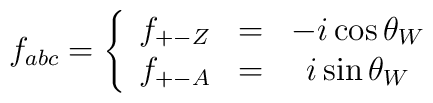
{f}_{abc}  =  \left\{    \begin{array} {ccc}       {f}_{+-Z}&=&- i \cos\theta_W\\       {f}_{+-A}& =&i \sin\theta_W     \end{array}\right.